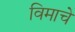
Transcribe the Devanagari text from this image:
विमाचे